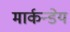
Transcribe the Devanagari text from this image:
मार्कन्डेय